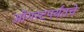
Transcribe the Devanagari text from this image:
ऑगस्टपर्यंतचे